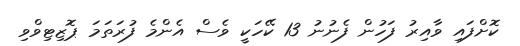
ކޮށްފައި ވާއިރު ފަހުން ފެނުނު 13 ކޭހަކީ ވެސް އެންމެ ފުރަތަމަ ޕޮޒިޓިވްވި